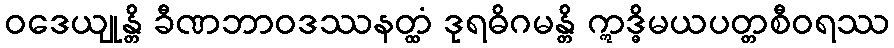
ဝဒေယျုန္တိ ခီဏဘာဝဒဿနတ္ထံ ဒုရဓိဂမန္တိ ဣဒ္ဓိမယပတ္တစီဝရဿ